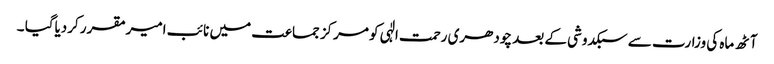
آٹھ ماہ کی وزارت سے سبکدوشی کے بعد چودھری رحمت الٰہی کو مرکز جماعت میں نائب امیرمقرر کردیاگیا ۔